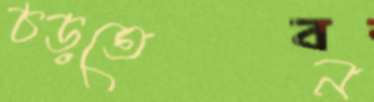
চড়তেন